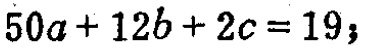
\(50a + 12b + 2c = 19;\)